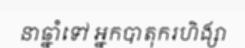
នាឆ្នាំទៅ អ្នកបាតុករហិង្សា